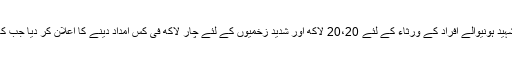
2016ء)خیبر پختونخواہ حکومت نے باچا خان یونیورسٹی چارسدہ حملے میں شہید ہونیوالے افراد کے ورثاء کے لئے 20،20 لاکھ اور شدید زخمیوں کے لئے چار لاکھ فی کس امداد دینے کا اعلان کر دیا جب کہ شہید پروفیسر حامد حسین کے اہل خانہ کو 1 کروڑ مالی امداد دی جائے گی ۔